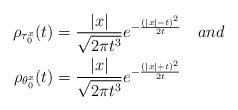
LaTeX: \begin{align*} \rho_{\tau_0^x}(t) &= \frac{|x|}{\sqrt{2\pi t^3}}e^{-\frac{(|x|-t)^2}{2t}}\quad{and}\\ \rho_{\theta_0^x}(t) &= \frac{|x|}{\sqrt{2\pi t^3}}e^{-\frac{(|x|+t)^2}{2t}}\end{align*}